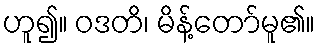
ဟူ၍။ ဝဒတိ၊ မိန့်တော်မူ၏။